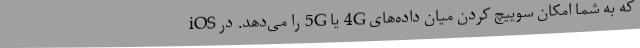
که به شما امکان سوییچ کردن میان داده‌های 4G یا 5G را می‌دهد. در iOS